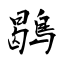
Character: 鶡